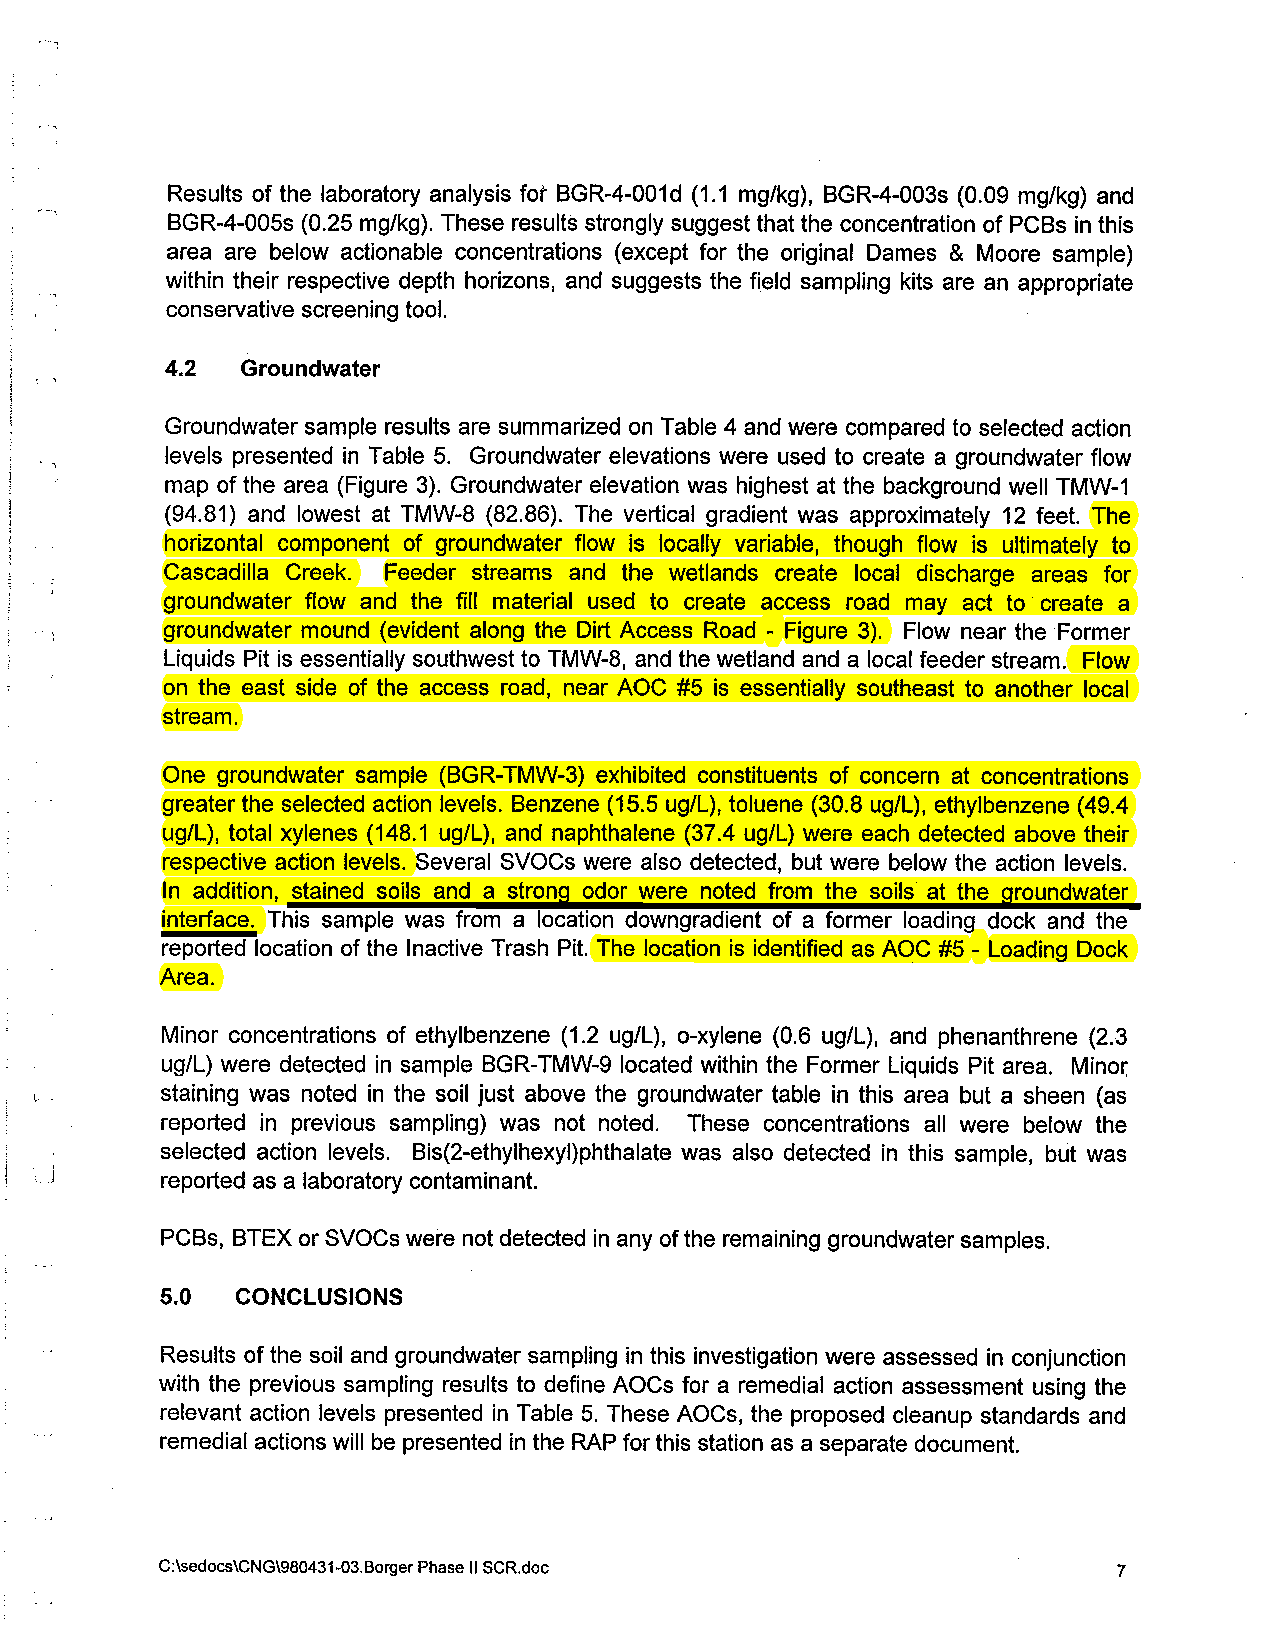
Results of the laboratory analysis fof- BGR-4-OOld (1.1 mglkg), BGR-4-003s (0.09 mglkg) and
 BGR-4-005s (0.25 mglkg). These results strongly suggest that the concentration of PCBs in this
 area are below actionable concentrations (except for the original Dames & Moore sample)
 within their respective depth horizons, and suggests the field sampling kits are an appropriate
 conservative screening tool.
 4.2  Groundwater
 Groundwater sample results are summarized on Table 4 and were compared to selected action
 levels presented in Table 5. Groundwater elevations were used to create a groundwater flow
 map of the area (Figure 3). Groundwater elevation was highest at the background well TMW-1
 (94.81) and lowest at TMW-8 (82.86). The vertical gradient was approximately 12 feet. The
 horizontal component of groundwater flow is locally variable, though flow is ultimately to
 Cascadilla Creek. Feeder streams and the wetlands create local discharge areas for
 groundwater flow and the fill material used to create access road may act to create a
 -
 groundwater mound (evident along the Dirt Access Road Figure 3). Flow near the Former
 Liquids Pit is essentially southwest to TMW-8, and the wetland and a local feeder stream. Flow
 on the east side of the access road, near AOC #5 is essentially southeast to another local
 stream.
 One groundwater sample (BGR-TMW-3) exhibited constituents of concern at concentrations
 greater the selected action levels. Benzene (15.5 uglL), toluene (30.8 ugIL), ethylbenzene (49.4
 ugIL), total xylenes (148.1 ugIL), and naphthalene (37.4 ug1L) were each detected above their
 respective action levels. Several SVOCs were also detected, but were below the action levels.
 In addition, stained soils and a strong odor were noted from the soils at the groundwater
 interface. This sample was from a location downgradient of a former loading dock and the
 reported location of the Inactive Trash Pit. The location is identified as AOC #5 - Loading Dock
 Area.
 Minor concentrations of ethylbenzene (1.2 ugIL), o-xylene (0.6 ugIL), and phenanthrene (2.3
 ug1L) were detected in sample BGR-TMW-9 located within the Former Liquids Pit area. Minor
 staining was noted in the soil just above the groundwater table in this area but a sheen (as
 reported in previous sampling) was not noted. These concentrations all were below the
 selected action levels. Bis(2-ethylhexy1)phthalate was also detected in this sample, but was
 reported as a laboratory contaminant.
 PCBs, BTEX or SVOCs were not detected in any of the remaining groundwater samples.
 5.0  CONCLUSIONS
 Results of the soil and groundwater sampling in this investigation were assessed in conjunction
 with the previous sampling results to define AOCs for a remedial action assessment using the
 relevant action levels presented in Table 5. These AOCs, the proposed cleanup standards and
 remedial actions will be presented in the RAP for this station as a separate document.
 C:\sedocs\CNG\980431-03.Borger Phase II SCR.doc